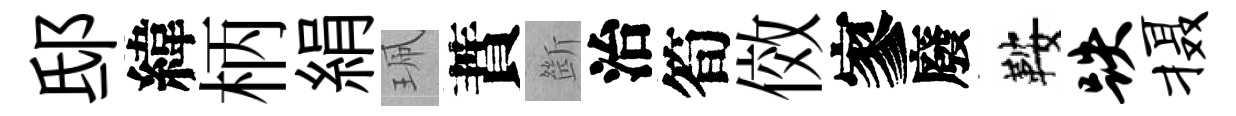
邸緯柄絹珮蕡㫁治筍傚寥廢鞍跌摄